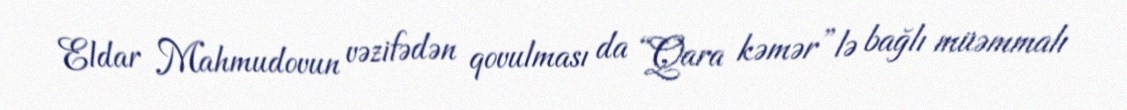
Eldar Mahmudovun vəzifədən qovulması da “Qara kəmər”lə bağlı müəmmalı